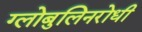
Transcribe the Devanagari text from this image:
ग्लोबुलिनरोधी